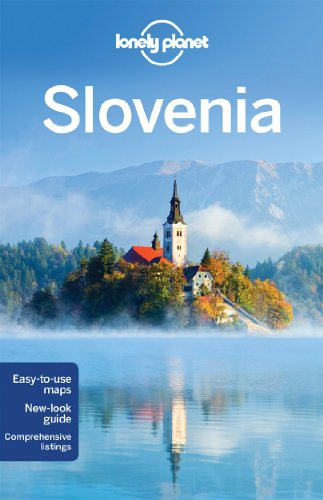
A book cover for Lonely Planet Slovenia (Travel Guide); Lonely Planet; Travel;